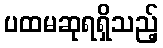
ပထမဆုရရှိသည့်